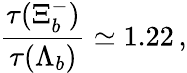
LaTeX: \frac{\tau(\Xi_{b}^{-})}{\tau(\Lambda_{b})}\simeq 1.22\, ,